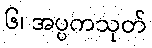
၆၊ အပ္ပကသုတ်